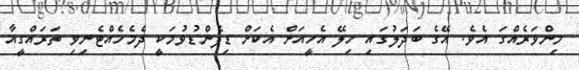
މިންވަރެއްގަ އެވެ. އޭގެ ބަދަލުގައި ހިލޭ އެހީއަށް އެކަށް ޑިޕެންޑުވުމަކީ ދެމެހެއްޓެނިވި ތަރައްގީއާ